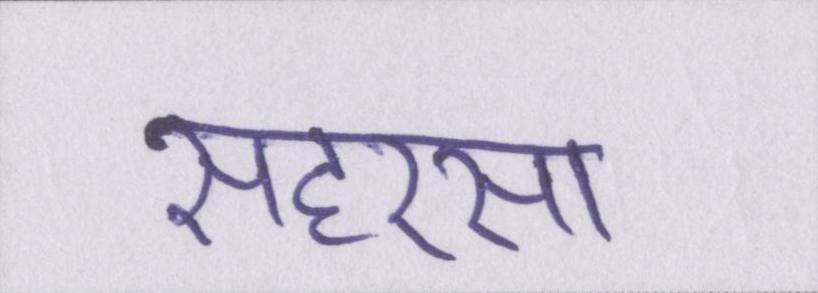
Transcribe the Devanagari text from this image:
सहरसा